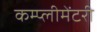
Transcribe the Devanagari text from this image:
कम्प्लीमेंटरी